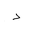
Letter: _dal